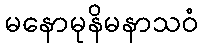
မနောမုနိမနာသဝံ